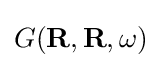
G(\mathbf {R} ,\mathbf {R} ,\omega )